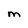
Character: m